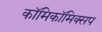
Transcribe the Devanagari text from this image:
काॅमिकॉमिक्सप